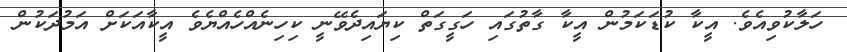
ހަލާކުވިއެވެ. އީކާ ކުޑަކަމުން އީކާ ގާތުގައި ހަގީގަތް ކިޔައިދެވޭނީ ކިހިނެއްހެއްޔެވެ އީކާއަކަށް އަމުދަކުން